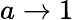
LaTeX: a\rightarrow 1